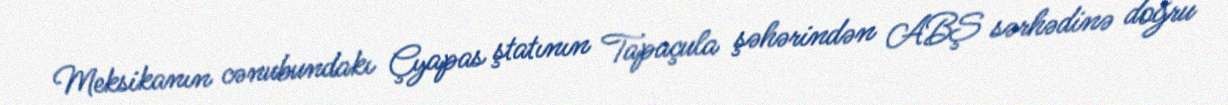
Meksikanın cənubundakı Çyapas ştatının Tapaçula şəhərindən ABŞ sərhədinə doğru